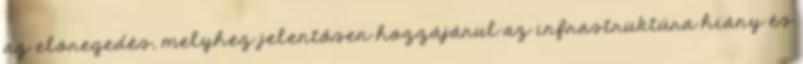
az elöregedés, melyhez jelentősen hozzájárul az infrastruktúra hiány és